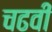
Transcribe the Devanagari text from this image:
चढवी